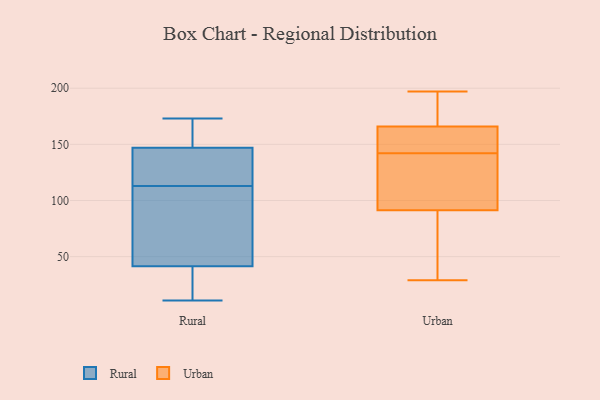
{"axis": {"x": "Latency (ms)", "y": "Value"}, "legend": ["Rural", "Urban"], "data": [{"x": "", "y": 24, "type": "Rural"}, {"x": "", "y": 147, "type": "Rural"}, {"x": "", "y": 70, "type": "Rural"}, {"x": "", "y": 115, "type": "Rural"}, {"x": "", "y": 29, "type": "Rural"}, {"x": "", "y": 164, "type": "Rural"}, {"x": "", "y": 67, "type": "Rural"}, {"x": "", "y": 148, "type": "Rural"}, {"x": "", "y": 140, "type": "Rural"}, {"x": "", "y": 14, "type": "Rural"}, {"x": "", "y": 147, "type": "Rural"}, {"x": "", "y": 113, "type": "Rural"}, {"x": "", "y": 11, "type": "Rural"}, {"x": "", "y": 84, "type": "Rural"}, {"x": "", "y": 173, "type": "Rural"}, {"x": "", "y": 148, "type": "Rural"}, {"x": "", "y": 33, "type": "Rural"}, {"x": "", "y": 122, "type": "Rural"}, {"x": "", "y": 98, "type": "Rural"}, {"x": "", "y": 29, "type": "Urban"}, {"x": "", "y": 167, "type": "Urban"}, {"x": "", "y": 100, "type": "Urban"}, {"x": "", "y": 142, "type": "Urban"}, {"x": "", "y": 165, "type": "Urban"}, {"x": "", "y": 149, "type": "Urban"}, {"x": "", "y": 101, "type": "Urban"}, {"x": "", "y": 166, "type": "Urban"}, {"x": "", "y": 175, "type": "Urban"}, {"x": "", "y": 64, "type": "Urban"}, {"x": "", "y": 82, "type": "Urban"}, {"x": "", "y": 89, "type": "Urban"}, {"x": "", "y": 197, "type": "Urban"}, {"x": "", "y": 98, "type": "Urban"}, {"x": "", "y": 166, "type": "Urban"}]}